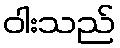
ဝါးသည်